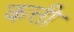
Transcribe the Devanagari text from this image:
कत्ती